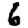
Digit: 6